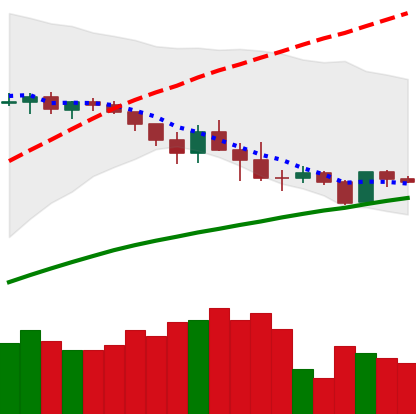
Ticker: ADA-USD
Chart end date: 2019-05-02
Forward return: -6.624%
Label: down_5_7